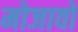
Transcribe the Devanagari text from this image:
मोजावो